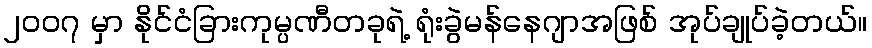
၂၀၀၇ မှာ နိုင်ငံခြားကုမ္ပဏီတခုရဲ့ ရုံးခွဲမန်နေဂျာအဖြစ် အုပ်ချုပ်ခဲ့တယ်။